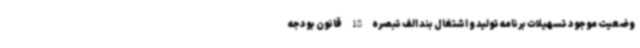
وضعیت موجود تسهیلات برنامه تولید و اشتغال بند الف تبصره 18 قانون بودجه